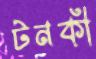
টনকী